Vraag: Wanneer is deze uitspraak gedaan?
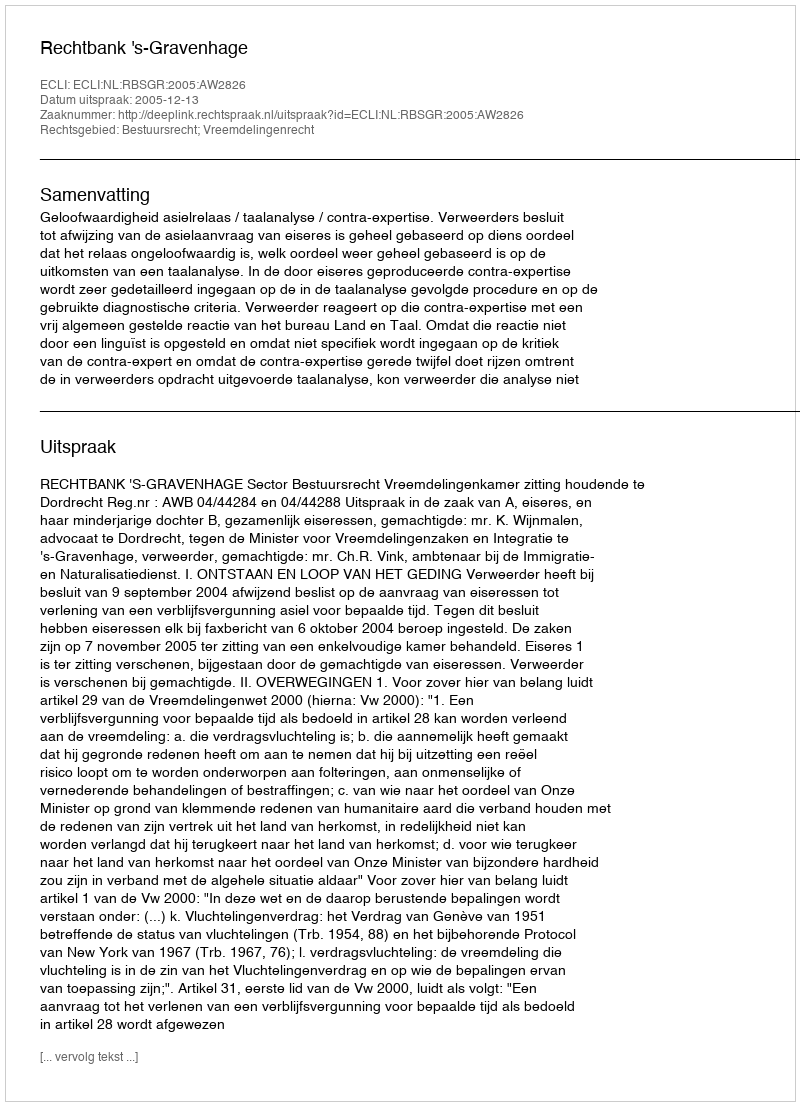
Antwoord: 2005-12-13